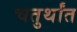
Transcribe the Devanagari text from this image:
चतुर्थांत